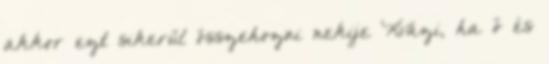
akkor ezt sikerül összehozni nekije Kvázi, ha ő és